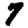
Digit: 7